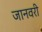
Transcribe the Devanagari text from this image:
जानवरी